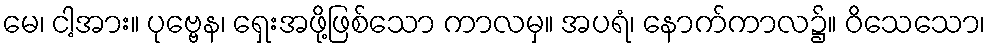
မေ၊ ငါ့အား။ ပုဗ္ဗေန၊ ရှေးအဖို့ဖြစ်သော ကာလမှ။ အပရံ၊ နောက်ကာလ၌။ ဝိသေသော၊